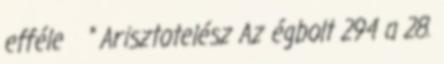
efféle ” Arisztotelész Az égbolt 294 a 28.